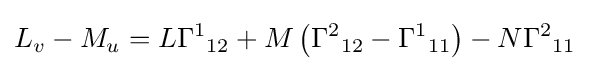
L_{v}-M_{u}=L\Gamma ^{1}{}_{12}+M\left({\Gamma ^{2}}_{12}-{\Gamma ^{1}}_{11}\right)-N{\Gamma ^{2}}_{11}